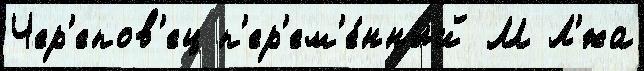
Чер'епов'ец п'ер'ем'е́нный М Л'́жа